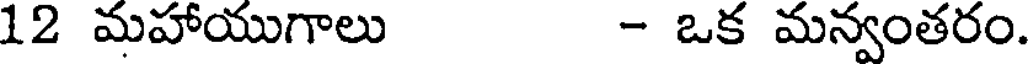
12 మహాయుగాలు - ఒక మన్వంతరం.